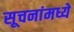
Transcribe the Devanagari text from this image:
सूचनांमध्ये